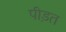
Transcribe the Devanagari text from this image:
पीड़त